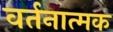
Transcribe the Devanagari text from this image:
वर्तनात्मक